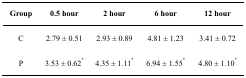
<table><thead><tr><td><b>Group</b></td><td><b>0.5 hour</b></td><td><b>2 hour</b></td><td><b>6 hour</b></td><td><b>12 hour</b></td></tr></thead><tbody><tr><td>C</td><td>2.79 ± 0.51</td><td>2.93 ± 0.89</td><td>4.81 ± 1.23</td><td>3.41 ± 0.72</td></tr><tr><td>P</td><td>3.53 ± 0.62<sup>*</sup></td><td>4.35 ± 1.11<sup>*</sup></td><td>6.94 ± 1.55<sup>*</sup></td><td>4.80 ± 1.10<sup>*</sup></td></tr></tbody></table>